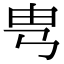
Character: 㽕